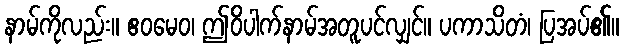
နာမ်ကိုလည်း။ ဧဝမေဝ၊ ဤဝိပါက်နာမ်အတူပင်လျှင်။ ပကာသိတံ၊ ပြအပ်၏။